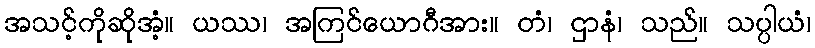
အသင့်ကိုဆိုအံ့။ ယဿ၊ အကြင်ယောဂီအား။ တံ၊ ဌာနံ၊ သည်။ သပ္ပါယံ၊